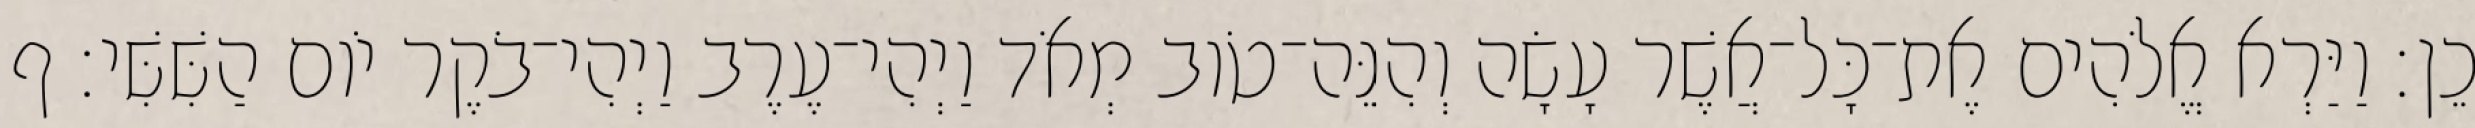
כֵן׃ וַיַּרְא אֱלֹהִים אֶת־כָּל־אֲשֶׁר עָשָׂה וְהִנֵּה־טֹוב מְאֹד וַיְהִי־עֶרֶב וַיְהִי־בֹקֶר יֹום הַשִּׁשִּׁי׃ ף